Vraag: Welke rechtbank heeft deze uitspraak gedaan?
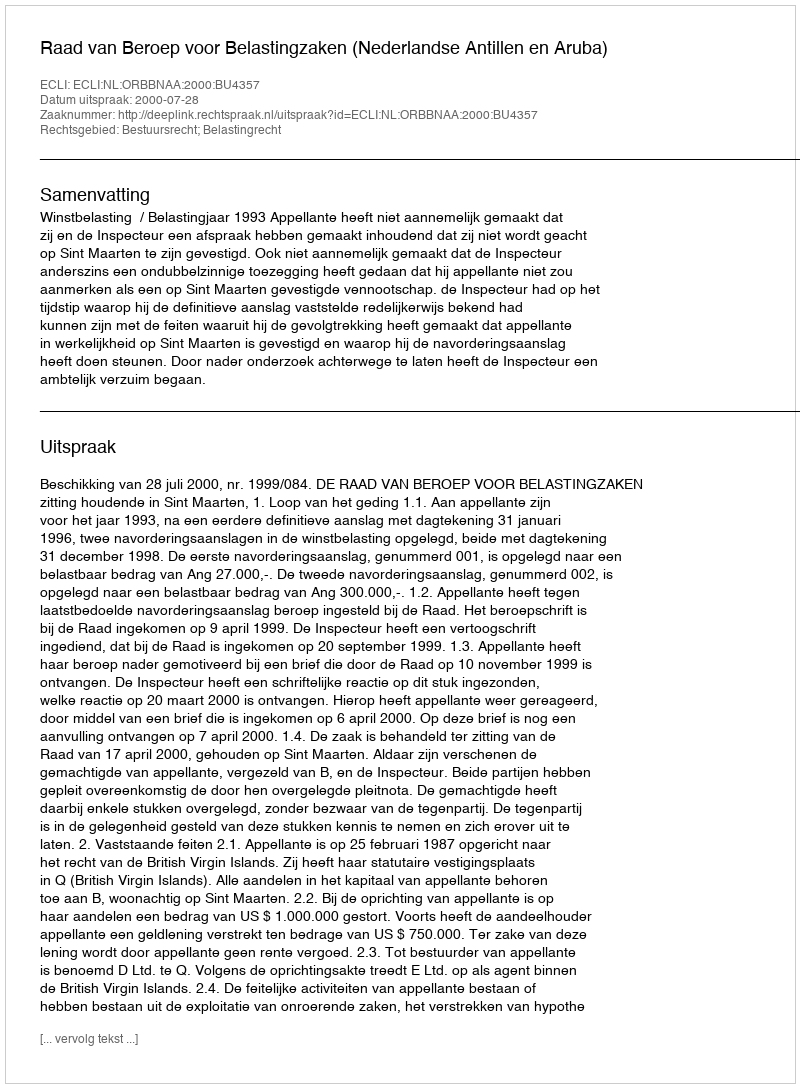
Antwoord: Raad van Beroep voor Belastingzaken (Nederlandse Antillen en Aruba)